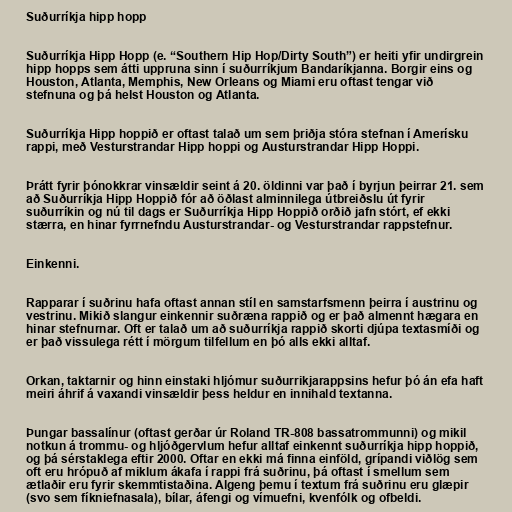
Suðurríkja hipp hopp

Suðurríkja Hipp Hopp (e. “Southern Hip Hop/Dirty South”) er heiti yfir undirgrein
hipp hopps sem átti uppruna sinn í suðurríkjum Bandaríkjanna. Borgir eins og
Houston, Atlanta, Memphis, New Orleans og Miami eru oftast tengar við
stefnuna og þá helst Houston og Atlanta.

Suðurríkja Hipp hoppið er oftast talað um sem þriðja stóra stefnan í Amerísku
rappi, með Vesturstrandar Hipp hoppi og Austurstrandar Hipp Hoppi.

Þrátt fyrir þónokkrar vinsældir seint á 20. öldinni var það í byrjun þeirrar 21. sem
að Suðurríkja Hipp Hoppið fór að öðlast alminnilega útbreiðslu út fyrir
suðurríkin og nú til dags er Suðurríkja Hipp Hoppið orðið jafn stórt, ef ekki
stærra, en hinar fyrrnefndu Austurstrandar- og Vesturstrandar rappstefnur.

Einkenni.

Rapparar í suðrinu hafa oftast annan stíl en samstarfsmenn þeirra í austrinu og
vestrinu. Mikið slangur einkennir suðræna rappið og er það almennt hægara en
hinar stefnurnar. Oft er talað um að suðurríkja rappið skorti djúpa textasmíði og
er það vissulega rétt í mörgum tilfellum en þó alls ekki alltaf.

Orkan, taktarnir og hinn einstaki hljómur suðurrikjarappsins hefur þó án efa haft
meiri áhrif á vaxandi vinsældir þess heldur en innihald textanna.

Þungar bassalínur (oftast gerðar úr Roland TR-808 bassatrommunni) og mikil
notkun á trommu- og hljóðgervlum hefur alltaf einkennt suðurríkja hipp hoppið,
og þá sérstaklega eftir 2000. Oftar en ekki má finna einföld, grípandi viðlög sem
oft eru hrópuð af miklum ákafa í rappi frá suðrinu, þá oftast í smellum sem
ætlaðir eru fyrir skemmtistaðina. Algeng þemu í textum frá suðrinu eru glæpir
(svo sem fíkniefnasala), bílar, áfengi og vímuefni, kvenfólk og ofbeldi.